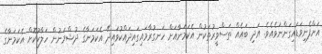
އަށްފެނިވަޑައިގަންނަވެއެވެ. އަދި ބައެއް ތަސްވީރުތަކުން އެކަމަނާއަށް ހަނގުރާމައިގައިދައްކުވައިދޭ އެކަމަނާގެ ދުޝްމަނުން ހަލާކުކޮށް އެކަމަނާގެ